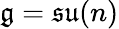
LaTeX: {\mathfrak{g}}={\mathfrak{su}}(n)